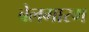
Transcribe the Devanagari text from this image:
बेलगारम